Vaccine operations Central Provinces 1900-1911 - 1900-1911
Year: 1900
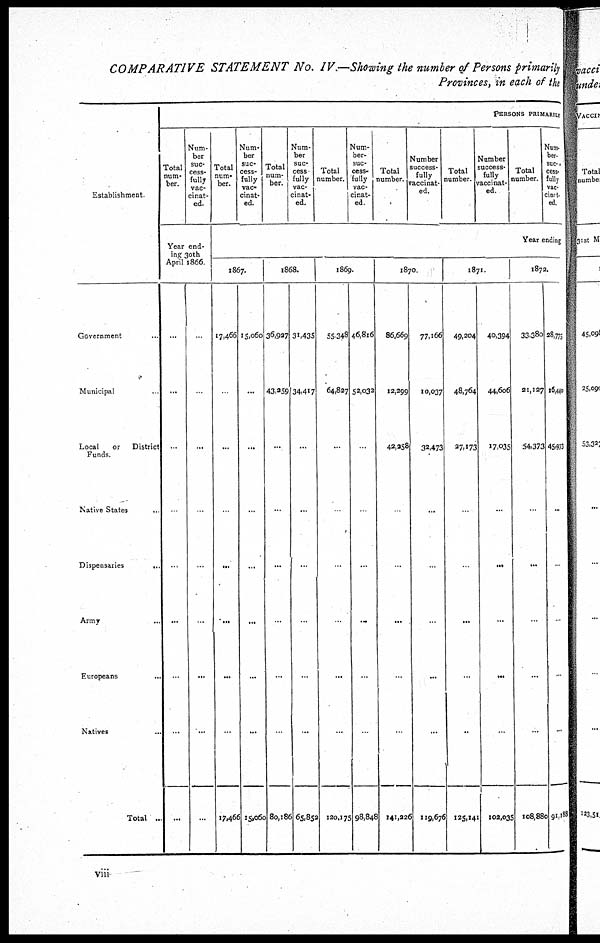
COMPARATIVE STATEMENT No. IV.—Showing the number of Persons primarily
Provinces, in each of the
Establishment.
Government ...
Municipal ...
Local
or
District
Funds.
Native States
..
Dispensaries
...
Army ...
Europeans ...
Natives ...
Total ...
PERSONS PRIMARILY
Total
num-
ber.
Num-
ber
suc-
cess-
fully
vac-
cinat-
ed.
Year end-
ing 30th
April 1866
...
...
...
...
...
...
...
...
...
...
...
...
...
...
...
...
...
...
Total
num-
ber.
Num-
ber
suc-
cess-
fully
vac-
cinat-
ed.
Total
num-
ber.
Num-
ber
suc-
cess
fully
vac-
cinat-
ed.
Total
number.
Num¬
ber¬
suc¬
cess¬
fully
vac-
cinat-
ed.
Total
number.
Number
success-
fully
vaccinat-
ed.
Total
number.
Number
success-
fully
vaccinat¬
ed.
Total
number.
Num
ber¬
suc-
cess¬
fully
vac¬
cinat¬
ed
Year ending
1867.
17,466
...
...
...
...
...
...
...
17,466
15,060
...
...
...
...
...
...
...
15,060
1868.
36,927
43,259
...
...
...
...
...
...
80,186
31,435
34,417
...
...
...
...
...
...
65,852
1869.
55,348
64,827
...
...
...
...
...
...
120,175
46,816
52,032
...
...
...
...
...
...
98,848
1870.
86,669
12,299
42,258
...
...
...
...
...
141,226
77,166
10,037
32,473
...
...
...
...
...
119,676
1871.
49,204
48,764
27,173
...
...
...
...
...
125,141
40,394
44,606
17,035
...
...
...
...
...
102,035
1872.
33,380
21,127
54,373
...
...
...
...
...
108,880
28,775
16,440
45,973
...
...
...
...
...
91,188
viii